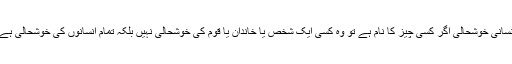
انسانی خوشحالی اگر کسی چیز کا نام ہے تو وہ کسی ایک شخص یا خاندان یا قوم کی خوشحالی نہیں بلکہ تمام انسانوں کی خوشحالی ہے۔